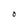
Character: O